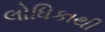
લોધિકાથી